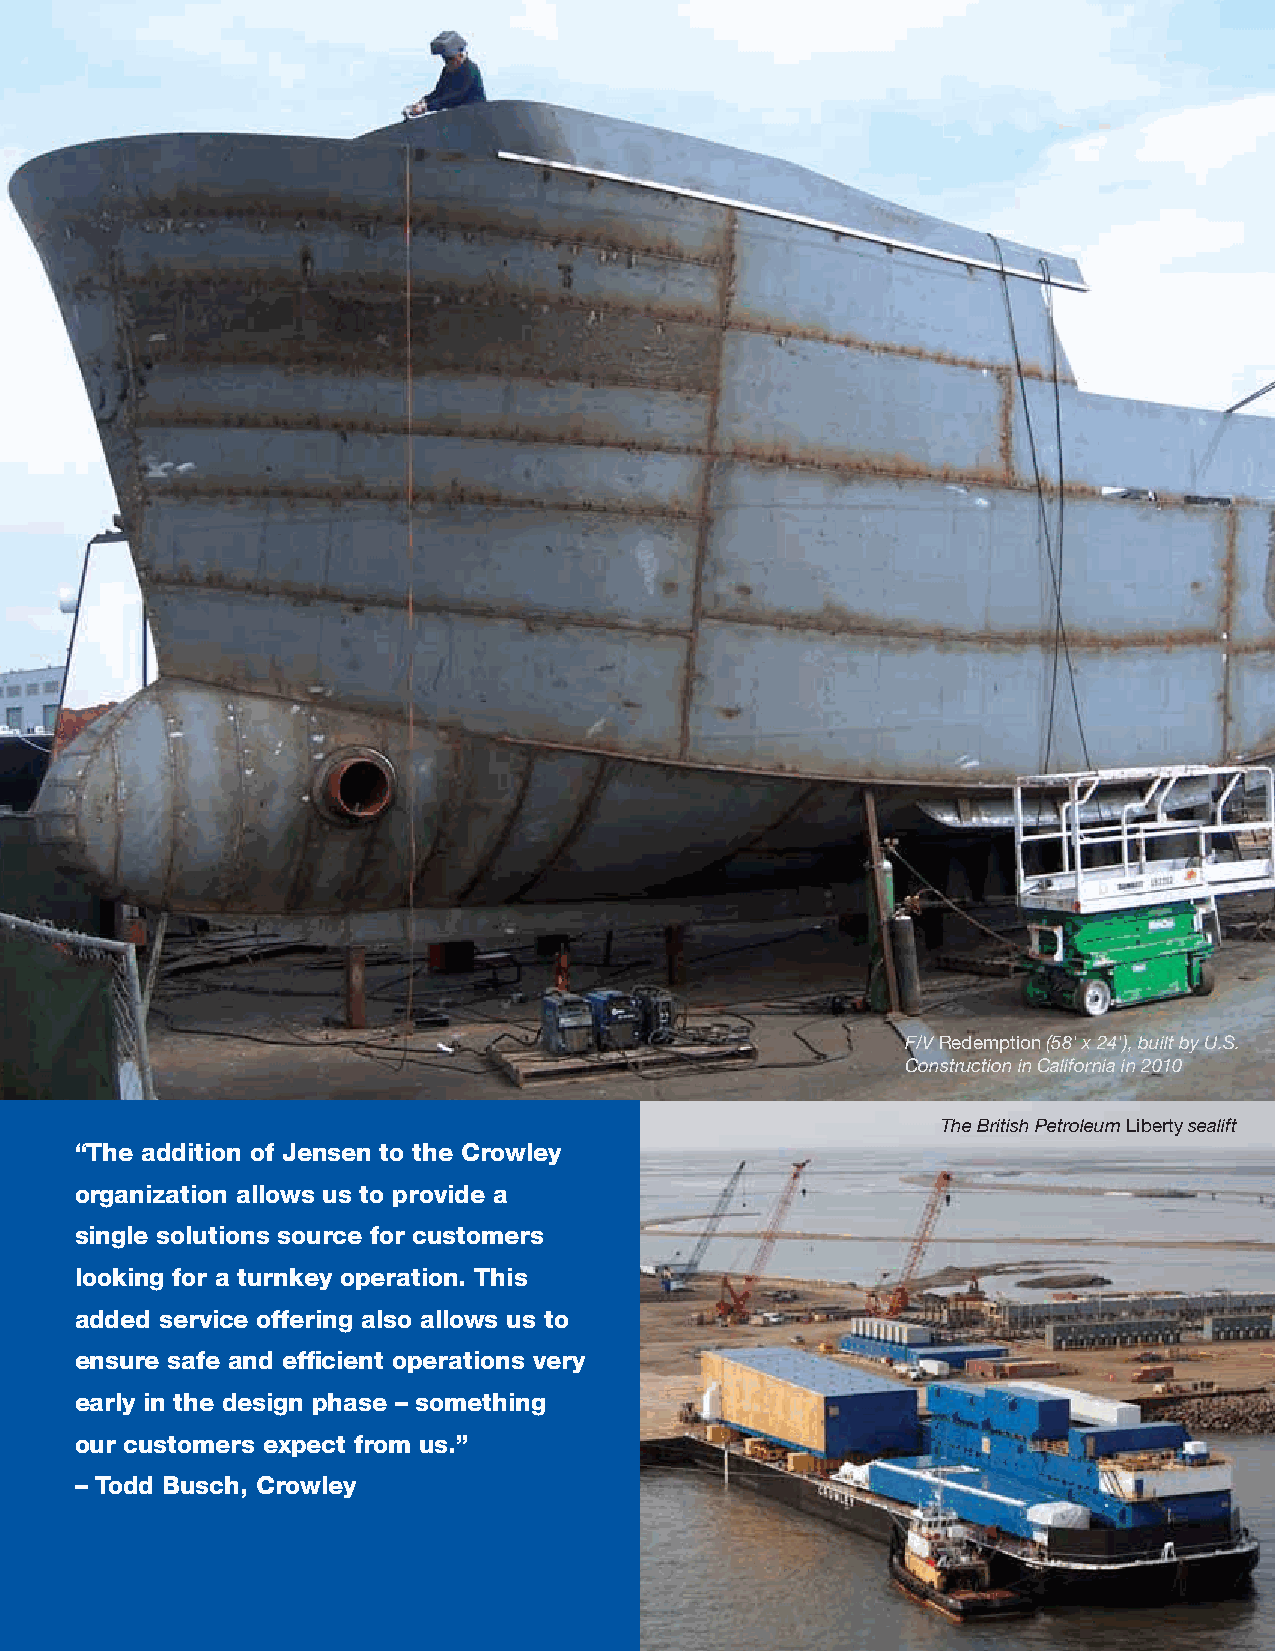
F/V Redemption (58' x 24'), built by U.S.
 Construction in California in 2010
 The British Petroleum Liberty sealift
 “The addition of Jensen to the Crowley
 organization allows us to provide a
 single solutions source for customers
 looking for a turnkey operation. This
 added service offering also allows us to
 ensure safe and effi cient operations very
 early in the design phase – something
 our customers expect from us.”
 – Todd Busch, Crowley